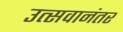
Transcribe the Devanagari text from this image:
उत्सवानंतर